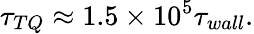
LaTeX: \tau_{TQ}\approx 1.5\times 10^{5}\tau_{wall}.